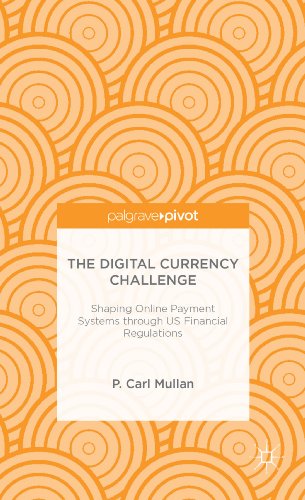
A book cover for The Digital Currency Challenge: Shaping Online Payment Systems Through U.S. Financial Regulations (Palgrave Pivot); Philip Mullan; Computers & Technology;